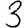
Digit: 3